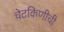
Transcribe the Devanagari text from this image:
चेटकिणीची